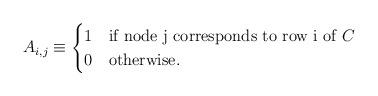
LaTeX: \begin{align*}A_{i,j} \equiv \begin{cases} 1 &\mbox{if node j corresponds to row i of $C$} \\0 & \mbox{otherwise}. \end{cases}\end{align*}